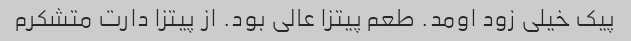
پیک خیلی زود اومد. طعم پیتزا عالی بود. از پیتزا دارت متشکرم